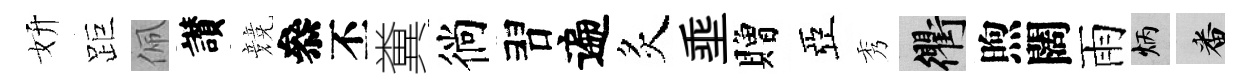
妍距佩讃競叅丕糞徜習遍炙埀贈亞秀衢煦闊雨炳番